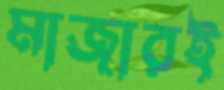
মাজারই